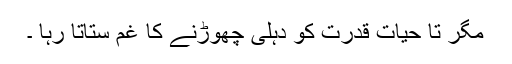
مگر تا حیات قدرت کو دہلی چھوڑنے کا غم ستاتا رہا ۔